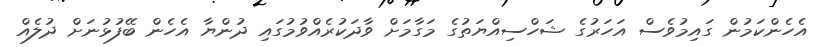
އެހެންކަމުން ގައިމުވެސް އަހަރުގެ ޝަހްސިއްޔަތުގެ މަގާމަށް ވާދަކުރެއްވުމުގައި ދުންޔާ އެހެން ބޭފުޅުނަށް ދުލެއް